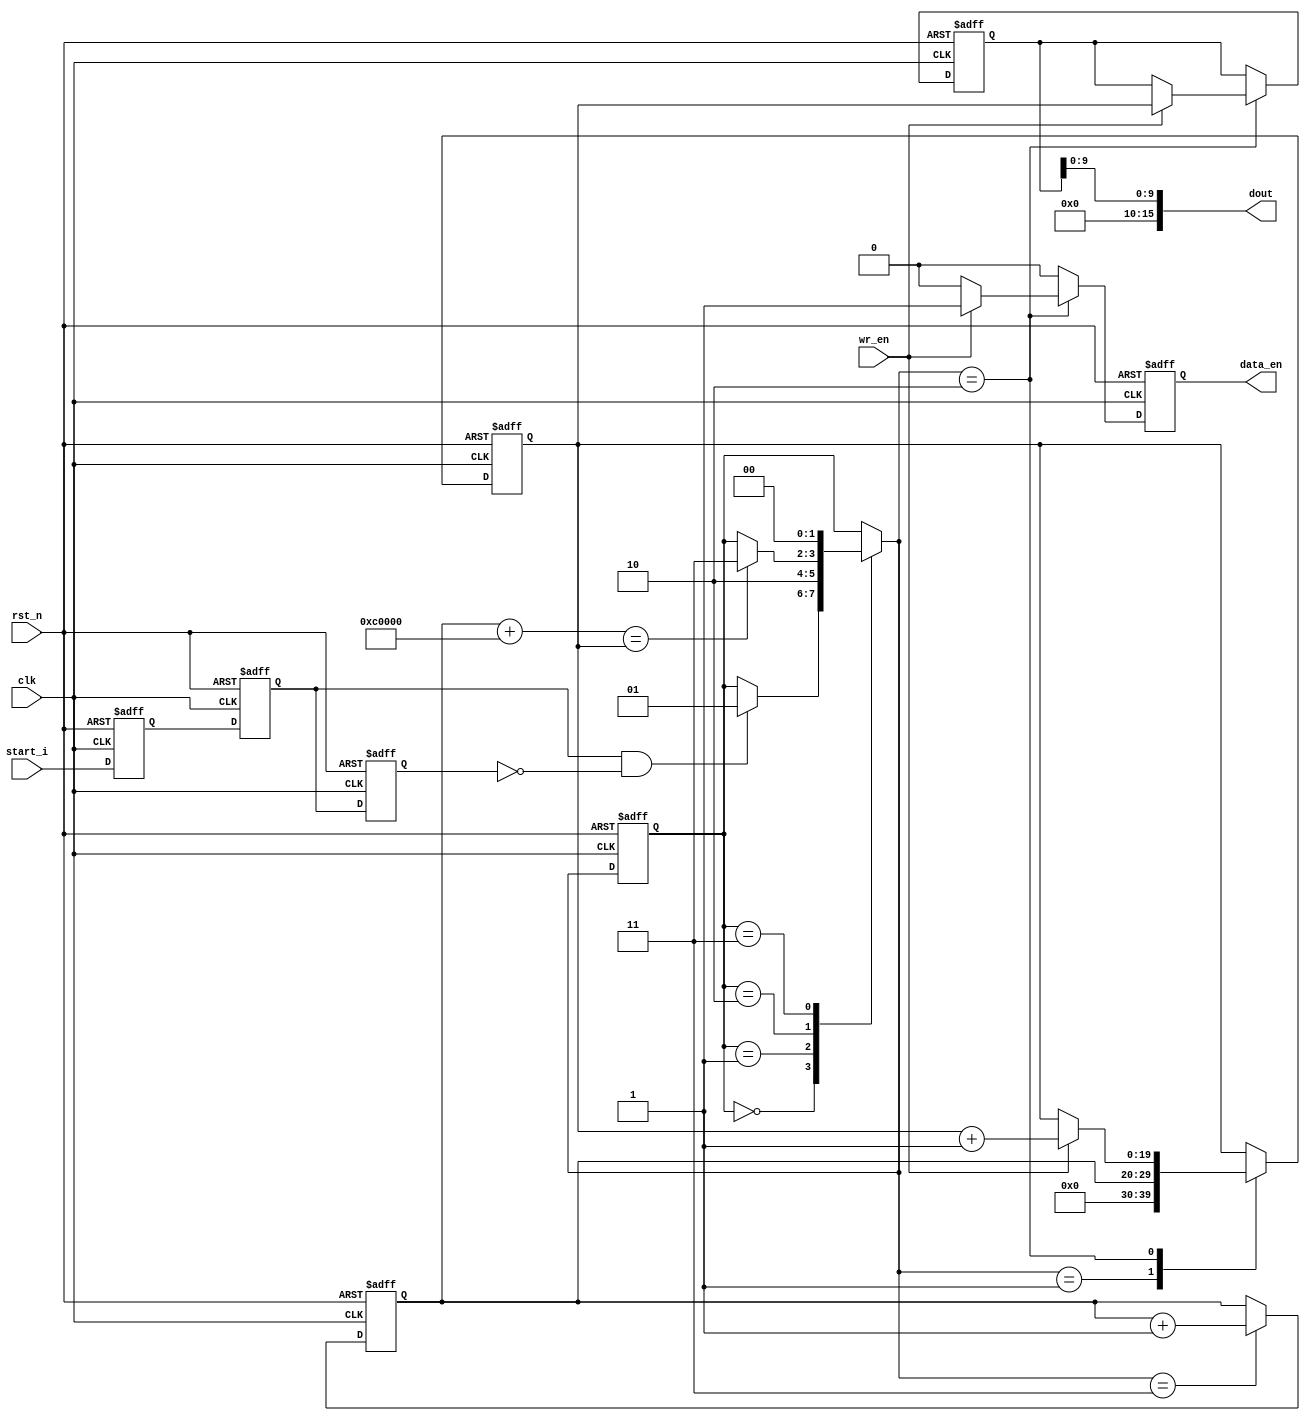
`timescale 1ns/1ps

module vga_data_gen #(
    parameter   DATA_DEPTH = 1024*768,
    parameter   SPAN_NUM   = 1
)(
    input           clk     ,
    input           rst_n   ,
    input           start_i ,
    input           wr_en   ,
    output reg      data_en ,
    output [15:0]   dout    
);
reg     start_d1;
reg     start_d2;
reg     start_d3;
wire    start_pulse;

reg [ 9:0]  pixel_init;
reg [19:0]  pixel;
reg [19:0]  pixel_next;
reg [1:0]   state;
reg [1:0]   state_next;

localparam IDLE      = 2'd0;
localparam PRE_WRITE = 2'd1;
localparam WRITING   = 2'd2;
localparam COMPLETE  = 2'd3;

`define WRITE_COMPLETE (pixel_init + DATA_DEPTH == pixel_next)

assign start_pulse = start_d2 & ~start_d3;
assign dout = {6'd0, pixel[9:0]};

always @(posedge clk, negedge rst_n) begin
    if (~rst_n) begin
        start_d1 <= 1'b0;
        start_d2 <= 1'b0;
        start_d3 <= 1'b0;
    end else begin
        start_d1 <= start_i;
        start_d2 <= start_d1;
        start_d3 <= start_d2;
    end
end

always @(posedge clk, negedge rst_n) begin
    if (~rst_n) begin
        pixel_init  <= 10'd0;
    end else begin
        if (state_next == COMPLETE) begin
            pixel_init  <= pixel_init + SPAN_NUM;
        end
    end
end

always @(posedge clk, negedge rst_n) begin
    if (~rst_n) begin
        pixel       <= 19'd0;
        pixel_next  <= 19'd0;
        data_en     <= 1'b0;
    end else begin
        pixel       <= pixel;
        pixel_next  <= pixel_next;
        data_en     <= 1'b0;
        case (state_next)
            PRE_WRITE: begin
                pixel_next   <= {10'b0, pixel_init};
            end
            WRITING: begin
                if (wr_en) begin
                    pixel   <= pixel_next;
                    pixel_next <= pixel_next + 16'd1;
                    data_en <= 1'b1;
                end
            end
        endcase
    end
end

always @(*) begin
    state_next <= state;
    case (state)
        IDLE: begin
            if (start_pulse) begin
                state_next <= PRE_WRITE;
            end
        end
        PRE_WRITE: begin
            state_next <= WRITING;
        end
        WRITING: begin
            if `WRITE_COMPLETE begin
                state_next <= COMPLETE;
            end
        end
        COMPLETE: begin
            state_next <= IDLE;
        end
    endcase
end

always @(posedge clk, negedge rst_n) begin
    if (~rst_n) begin
        state   <= IDLE;
    end else begin
        state   <= state_next;
    end
end

endmodule